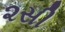
૨સી